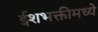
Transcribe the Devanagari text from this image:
ईशभक्तीमध्ये